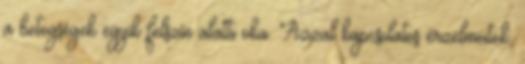
a betegségek egyik felszín alatti oka. Azzal kapcsolatos érzelmeitek,